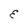
Character: E